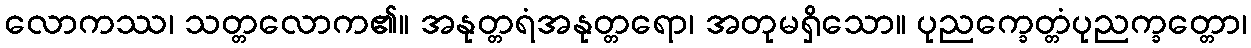
လောကဿ၊ သတ္တလောက၏။ အနုတ္တရံအနုတ္တရော၊ အတုမရှိသော။ ပုညက္ခေတ္တံပုညက္ခတ္တော၊